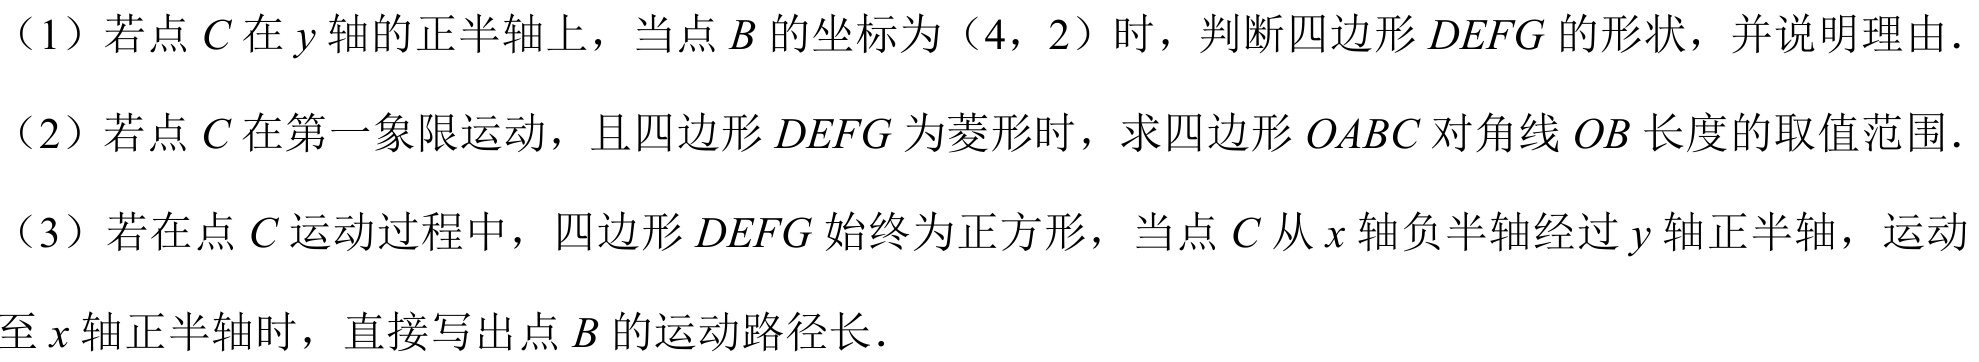
（1）若点\(C\)在\(y\)轴的正半轴上，当点\(B\)的坐标为（4，2）时，判断四边形\(DEFG\)的形状，并说明理由．
（2）若点\(C\)在第一象限运动，且四边形\(DEFG\)为菱形时，求四边形\(OABC\)对角线\(OB\)长度的取值范围．
（3）若在点\(C\)运动过程中，四边形\(DEFG\)始终为正方形，当点\(C\)从\(x\)轴负半轴经过\(y\)轴正半轴，运动
至\(x\)轴正半轴时，直接写出点\(B\)的运动路径长．